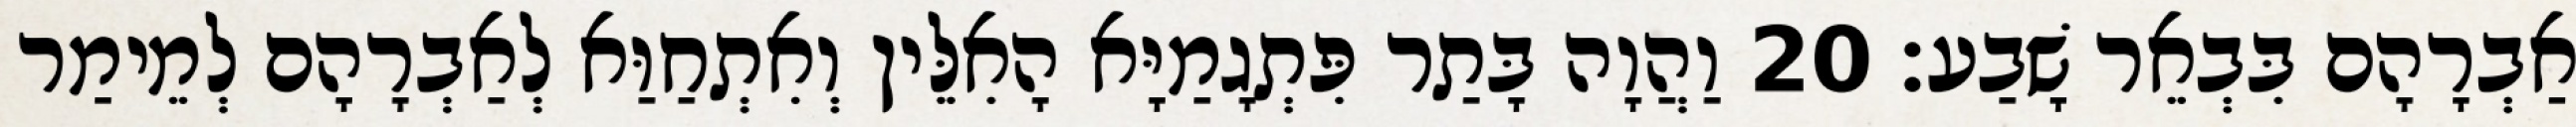
אַבְרָהָם בִּבְאֵר שָׁבַע׃ 20 וַהֲוָה בָּתַר פִּתְגָמַיָּא הָאִלֵּין וְאִתְחַוַּא לְאַבְרָהָם לְמֵימַר